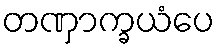
တဏှာက္ခယံပေ